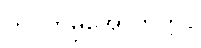
ကွပ်ကဲမှုအောက်တွင်